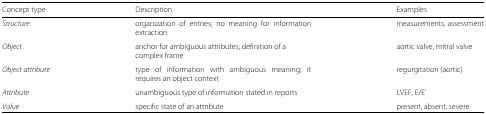
| Concept type | Description | Examples |
 | --- | --- | --- |
 | Structure | organization of entries; no meaning for information extraction | measurements, assessment |
 | Object | anchor for ambiguous attributes; definition of a complex frame | aortic valve, mitral valve |
 | Object attribute | type of information with ambiguous meaning; it requires an object context | regurgitation (aortic) |
 | Attribute | unambiguous type of information stated in reports | LVEF, E/E’ |
 | Value | specific state of an attribute | present, absent, severe |